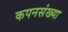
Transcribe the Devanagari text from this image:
कपनसंख्या